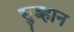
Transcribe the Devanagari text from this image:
सुब्हान